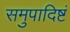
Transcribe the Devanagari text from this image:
समुपादिष्टं